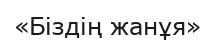
«Біздің жанұя»